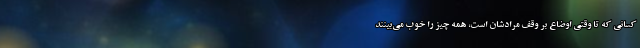
کسانی که تا وقتی اوضاع بر وقف مرادشان است، همه چیز را خوب می‌بینند